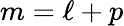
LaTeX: m=\ell+p